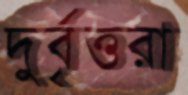
দুর্বৃত্তরা